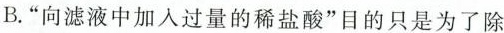
B.”向滤液中加入过量的稀盐酸”目的只是为了除